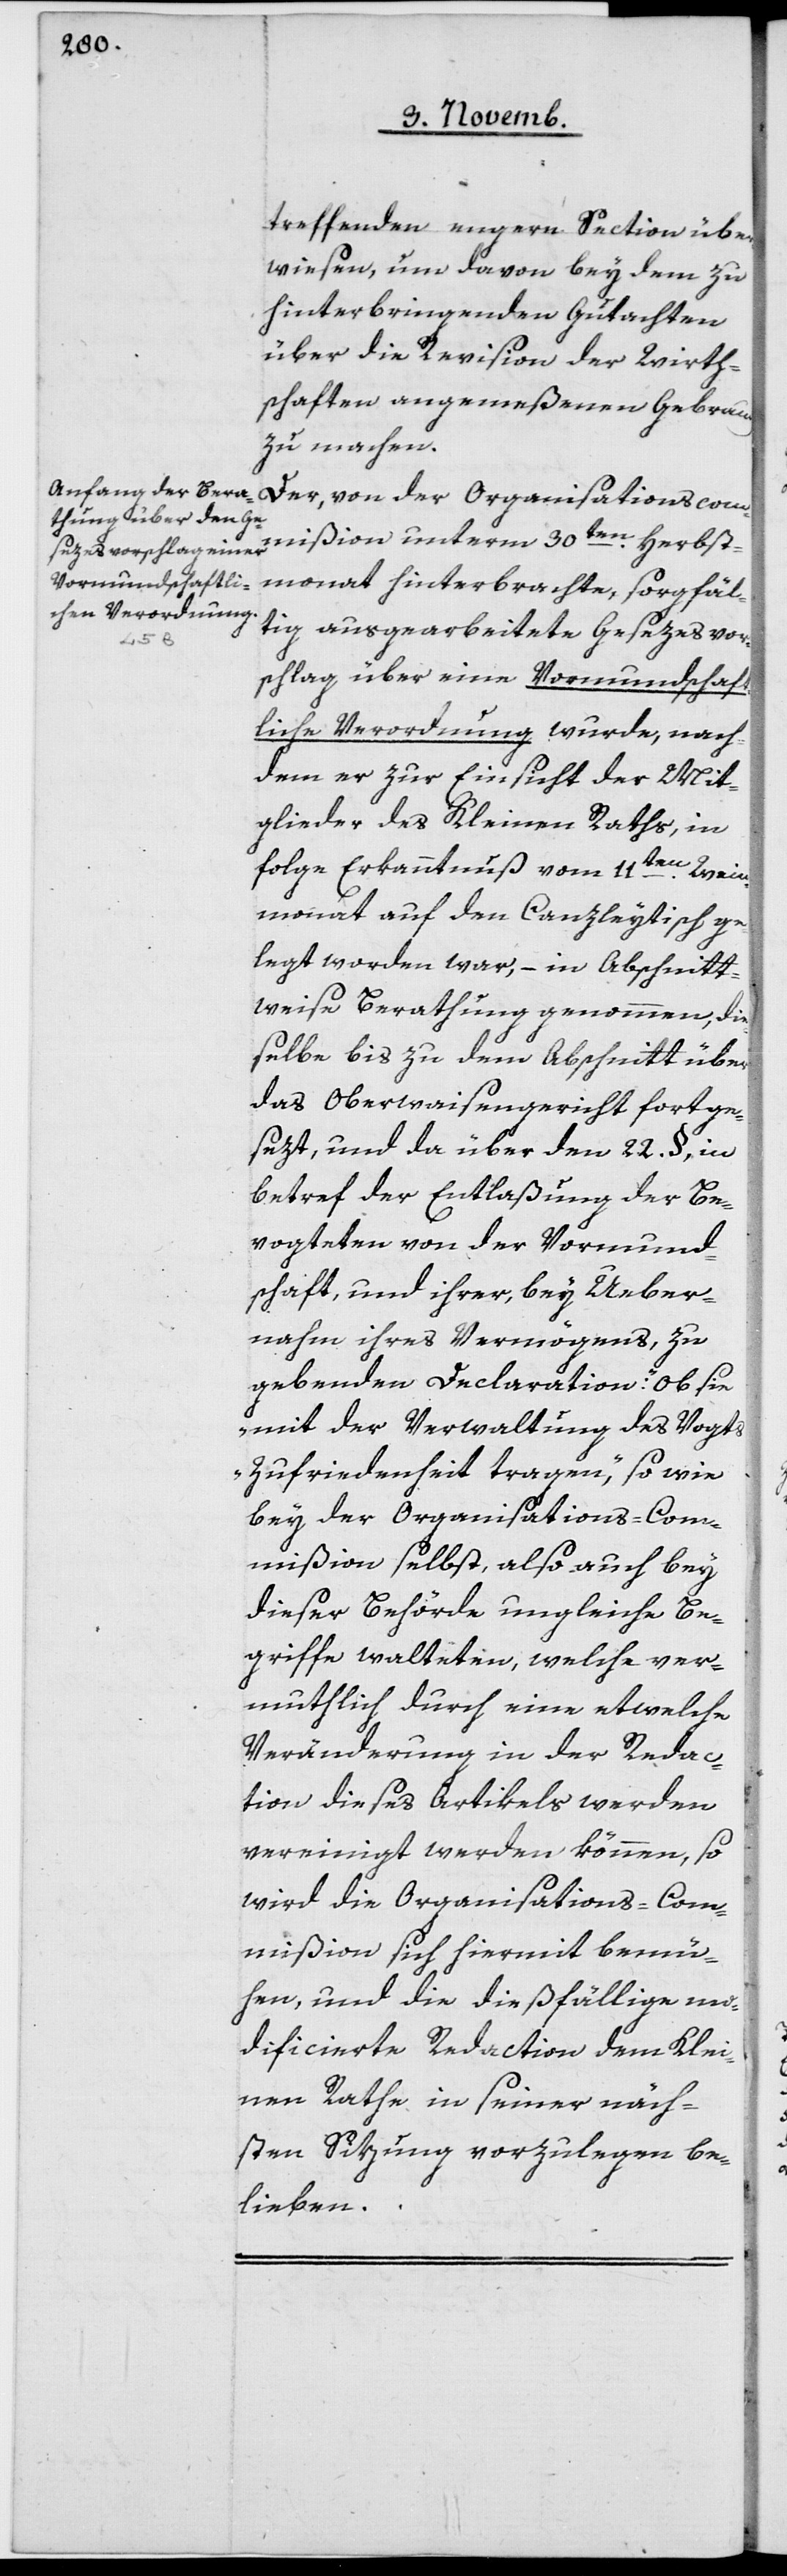
treffenden engern Section über¬
wiesen, um davon bey dem zu
hinterbringenden Gutachten
über die Revision der Wirth¬
schaften angemeßenen Gebrauch
zu machen.
Der, von der Organisationscom¬
mißion unterm 30ten Herbst¬
monat hinterbrachte, sorgfäl¬
tig ausgearbeitete Gesezesvor¬
schlag über eine Vormundschaft¬
liche Verordnung wurde, nach¬
dem er zur Einsicht der Mit¬
glieder des Kleinen Raths, in¬
folge Erkanntnuß vom 11ten Wein¬
monat auf den Canzleytisch ge¬
legt worden war, – in Abschnitt¬
weise Berathung genommen, die¬
selbe bis zu dem Abschnitt über
das Oberwaisengericht fortge¬
sezt, und da über den 22 § in
Betref der Entlaßung der Be¬
vogteten von der Vormund¬
schaft und ihrer, bey Über¬
nahme ihres Vermögens, zu
gebenden Declaration: „Ob sie
mit der Verwaltung des Vogts
Zufriedenheit tragen“, so wie
bey der Organisations-Com¬
mißion selbst, also auch bey
dieser Behörde ungleiche Be¬
griffe walteten, welche ver¬
muthlich durch eine etwelche
Veränderung in der Redac¬
tion dieses Artikels werden
vereinigt werden können, so
wird die Organisations-Com¬
mißion sich hiermit bemü¬
hen, und die dießfällige mo¬
dificierte Redaction dem Klei¬
nen Rathe in seiner näch¬
sten Sitzung vorzulegen be¬
lieben.